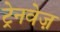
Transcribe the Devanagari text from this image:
ट्रेनवेज़